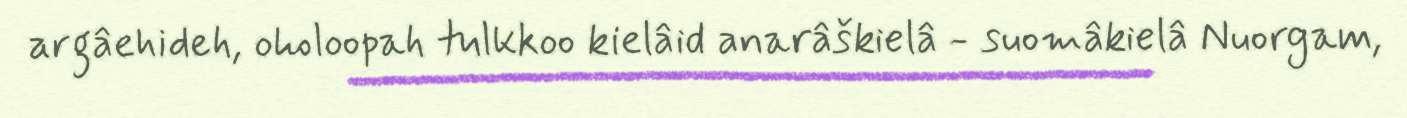
argâehideh, oholoopah tulkkoo kielâid anarâškielâ - suomâkielâ Nuorgam,